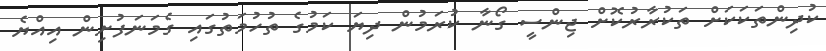
ކުދިންތަކަކަށް ތަކުރާރުކޮށް ޖިންސީ ގޯނާ ކުރަމުން ދިޔަ ކަމުގެ ތުހުމަތުގައި ގެމަނަފުށިން އިއްޔެ